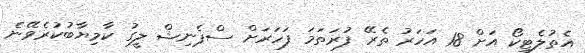
އެތުލެޓިކޯ އަށް 18 އަހަރު ތެރޭ ފުރަތަމަ ފަހަރަށް ސްޕެނިޝް ލީގު ކާމިޔާބުކުރެވޭނެ